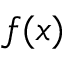
f ( x )